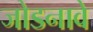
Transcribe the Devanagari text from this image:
जोडनावे